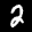
Label: 2